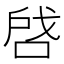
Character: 啔